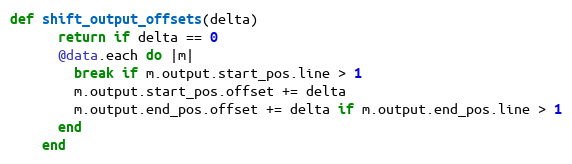
Language: Ruby
def shift_output_offsets(delta)
      return if delta == 0
      @data.each do |m|
        break if m.output.start_pos.line > 1
        m.output.start_pos.offset += delta
        m.output.end_pos.offset += delta if m.output.end_pos.line > 1
      end
    end